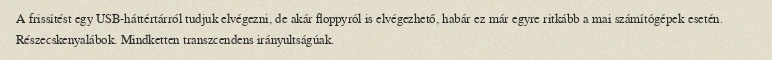
A frissítést egy USB-háttértárról tudjuk elvégezni, de akár floppyról is elvégezhető, habár ez már egyre ritkább a mai számítógépek esetén. Részecskenyalábok. Mindketten transzcendens irányultságúak.